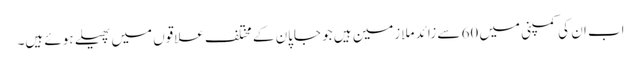
اب ان کی کمپنی میں 60 سے زائد ملازمین ہیں جو جاپان کے مختلف علاقوں میں پھیلے ہوئے ہیں۔